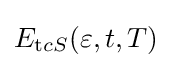
E_{\mathrm {t} cS}(\varepsilon ,t,T)